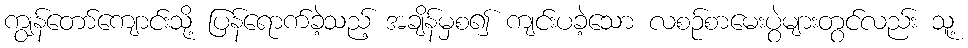
ကျွန်တော်ကျောင်းသို့ ပြန်ရောက်ခဲ့သည့် အချိန်မှစ၍ ကျင်းပခဲ့သော လစဉ်စာမေးပွဲများတွင်လည်း သူ့